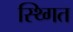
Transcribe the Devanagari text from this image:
स्थ्गित